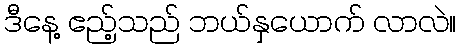
ဒီနေ့ ဧည့်သည် ဘယ်နှယောက် လာလဲ။